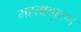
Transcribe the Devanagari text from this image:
मह्ताव्पुरण